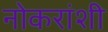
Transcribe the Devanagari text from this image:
नोकरांशी